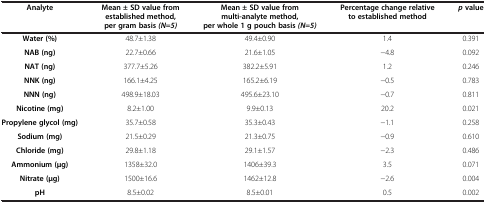
<table><thead><tr><td><b>Analyte</b></td><td><b>Mean ± SD value from established method, per gram basis <i>(N=5)</i></b></td><td><b>Mean ± SD value from multi-analyte method, per whole 1 g pouch basis <i>(N=5)</i></b></td><td><b>Percentage change relative to established method</b></td><td><b><i>p </i>value</b></td></tr></thead><tbody><tr><td><b>Water (%)</b></td><td>48.7±1.38</td><td>49.4±0.90</td><td>1.4</td><td>0.391</td></tr><tr><td><b>NAB (ng)</b></td><td>22.7±0.66</td><td>21.6±1.05</td><td>−4.8</td><td>0.092</td></tr><tr><td><b>NAT (ng)</b></td><td>377.7±5.26</td><td>382.2±5.91</td><td>1.2</td><td>0.246</td></tr><tr><td><b>NNK (ng)</b></td><td>166.1±4.25</td><td>165.2±6.19</td><td>−0.5</td><td>0.783</td></tr><tr><td><b>NNN (ng)</b></td><td>498.9±18.03</td><td>495.6±23.10</td><td>−0.7</td><td>0.811</td></tr><tr><td><b>Nicotine (mg)</b></td><td>8.2±1.00</td><td>9.9±0.13</td><td>20.2</td><td>0.021</td></tr><tr><td><b>Propylene glycol (mg)</b></td><td>35.7±0.58</td><td>35.3±0.43</td><td>−1.1</td><td>0.258</td></tr><tr><td><b>Sodium (mg)</b></td><td>21.5±0.29</td><td>21.3±0.75</td><td>−0.9</td><td>0.610</td></tr><tr><td><b>Chloride (mg)</b></td><td>29.8±1.18</td><td>29.1±1.57</td><td>−2.3</td><td>0.486</td></tr><tr><td><b>Ammonium (μg)</b></td><td>1358±32.0</td><td>1406±39.3</td><td>3.5</td><td>0.071</td></tr><tr><td><b>Nitrate (μg)</b></td><td>1500±16.6</td><td>1462±12.8</td><td>−2.6</td><td>0.004</td></tr><tr><td><b>pH</b></td><td>8.5±0.02</td><td>8.5±0.01</td><td>0.5</td><td>0.002</td></tr></tbody></table>